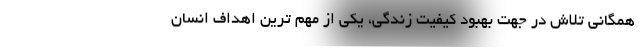
همگانی تلاش در جهت بهبود کیفیت زندگی، یکی از مهم ترین اهداف انسان